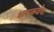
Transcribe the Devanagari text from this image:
भासकवीचा